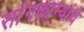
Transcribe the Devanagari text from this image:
सांगकाम्यांचे